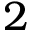
2